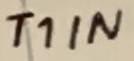
Text: T1IN